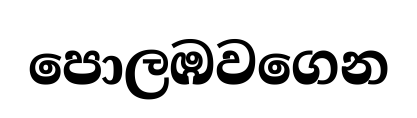
පොලඹවගෙන